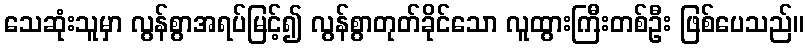
သေဆုံးသူမှာ လွန်စွာအရပ်မြင့်၍ လွန်စွာတုတ်ခိုင်သော လူထွားကြီးတစ်ဦး ဖြစ်ပေသည်။